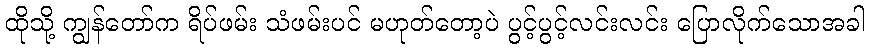
ထိုသို့ ကျွန်တော်က ရိပ်ဖမ်း သံဖမ်းပင် မဟုတ်တော့ပဲ ပွင့်ပွင့်လင်းလင်း ပြောလိုက်သောအခါ